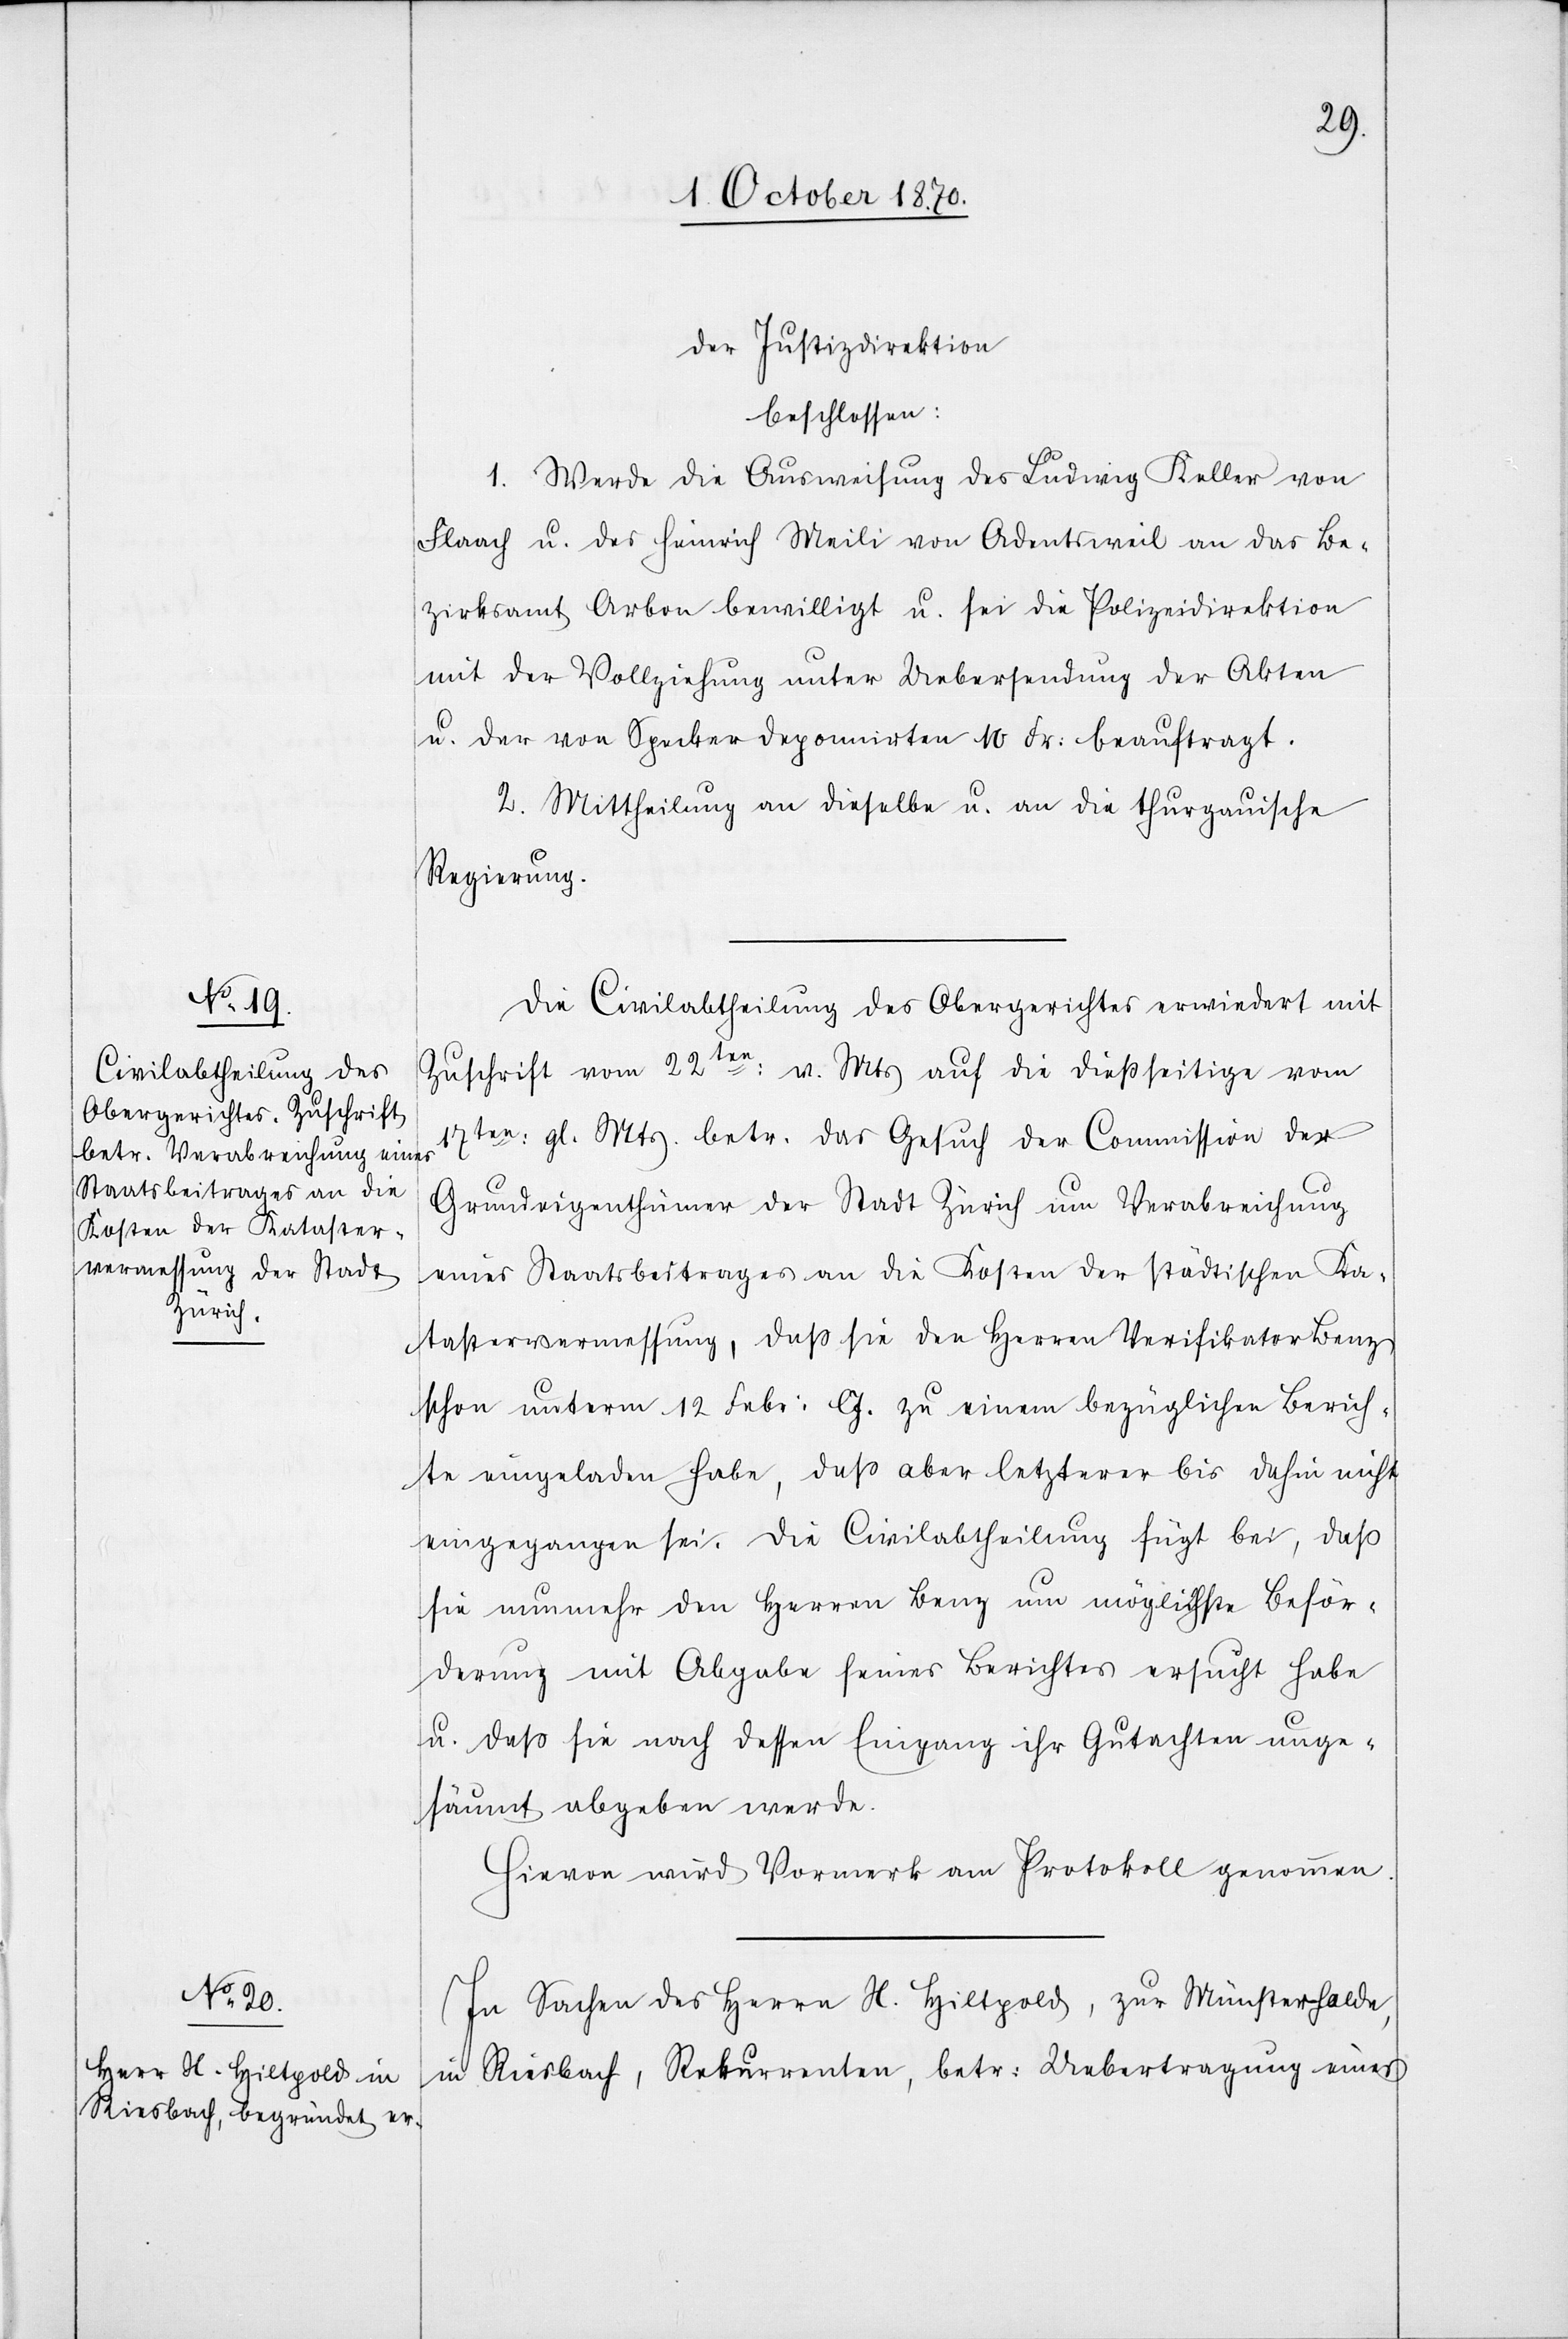
der Justizdirektion
beschlossen:
1. Werde die Ausweisung des Ludwig Keller von
Flaach u. des Heinrich Meili von Adentsweil an das Be¬
zirksamt Arbon bewilligt u. sei die Polizeidirektion
mit der Vollziehung unter Uebersendung der Akten
u. der von Specker deponirten 10 Fr: beauftragt.
2. Mittheilung an dieselbe u. an die thurgauische
Regierung.
Die Civilabtheilung des Obergerichtes erwiedert mit
Zuschrift vom 22ten: v. Mts. auf die dießseitige vom
17ten: gl. Mts. betr. das Gesuch der Commission der
Grundeigenthümer der Stadt Zürich um Verabreichung
eines Staatsbeitrages an die Kosten der städtischen Ka¬
tastervermessung, daß sie den Herren Verifikator Benz
schon unterm 12 Febr: l. J. zu einem bezüglichen Berich¬
te eingeladen habe, daß aber letzterer bis dahin nicht
eingegangen sei. Die Civilabtheilung fügt bei, daß
sie nunmehr den Herren Benz um mögliche Beför¬
derung mit Abgabe seines Berichtes ersucht habe
u. daß sie nach dessen Eingang ihr Gutachten unge¬
säumt abgeben werde.
Hievon wird Vormerk am Protokoll genommen.
In Sachen des Herrn N. Hiltpold, zur Münsterhalde,
in Riesbach, Rekurrenten, betr: Uebertragung eines